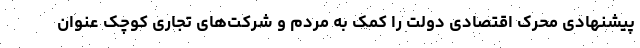
پیشنهادی محرک اقتصادی دولت را کمک به مردم و شرکت‌های تجاری کوچک عنوان